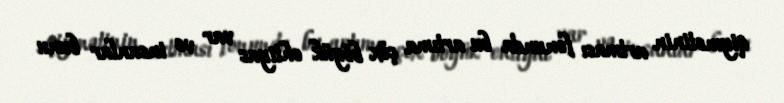
qiymətinin artması fonunda bu artıma çöx böyük ehtiyac var və insanlar bunu